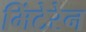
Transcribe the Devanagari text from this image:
मिंटेरेन